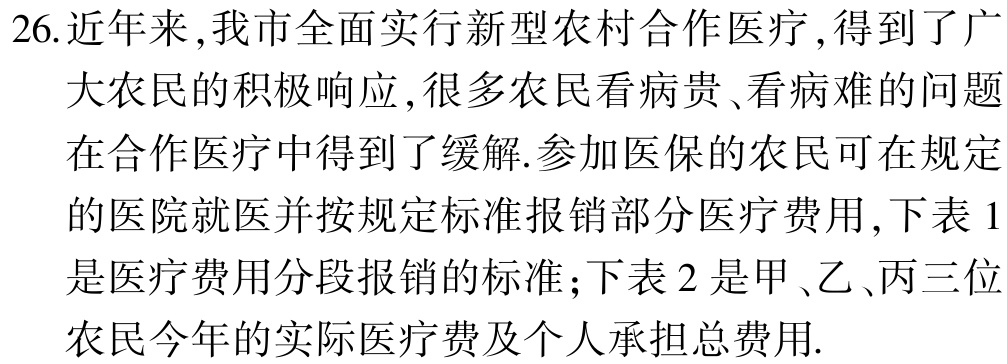
26.近年来,我市全面实行新型农村合作医疗,得到了广

大农民的积极响应,很多农民看病贵、看病难的问题

在合作医疗中得到了缓解.参加医保的农民可在规定

的医院就医并按规定标准报销部分医疗费用,下表1

是医疗费用分段报销的标准；下表2是甲、乙、丙三位

农民今年的实际医疗费及个人承担总费用.